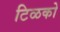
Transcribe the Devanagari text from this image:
टिळको